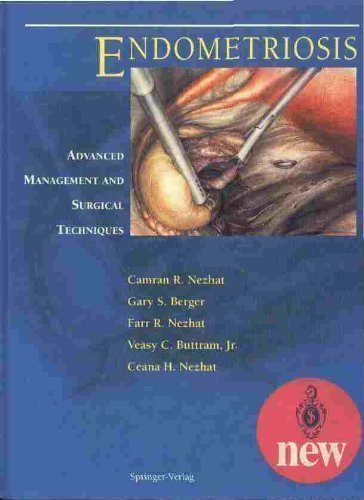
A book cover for Endometriosis: Advanced Management and Surgical Techniques (Emergency Medicine; 20); Health, Fitness & Dieting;